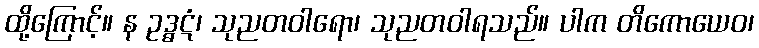
ထို့ကြောင့်။ န ဥဒ္ဓဋံ၊ သုညတဝါရော၊ သုညတဝါရသည်။ ပါက တိကောယေဝ၊